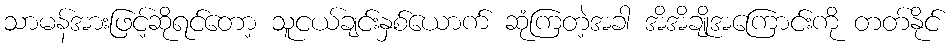
သာမန်အားဖြင့်ဆိုရင်တော့ သူငယ်ချင်းနှစ်ယောက် ဆုံကြတဲ့အခါ အိအိချိုအကြောင်းကို တတ်နိုင်